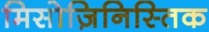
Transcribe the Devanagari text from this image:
मिसोज़िनिस्तिक